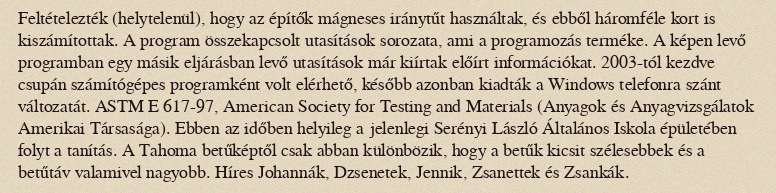
Feltételezték (helytelenül), hogy az építők mágneses iránytűt használtak, és ebből háromféle kort is kiszámítottak. A program összekapcsolt utasítások sorozata, ami a programozás terméke. A képen levő programban egy másik eljárásban levő utasítások már kiírtak előírt információkat. 2003-tól kezdve csupán számítógépes programként volt elérhető, később azonban kiadták a Windows telefonra szánt változatát. ASTM E 617-97, American Society for Testing and Materials (Anyagok és Anyagvizsgálatok Amerikai Társasága). Ebben az időben helyileg a jelenlegi Serényi László Általános Iskola épületében folyt a tanítás. A Tahoma betűképtől csak abban különbözik, hogy a betűk kicsit szélesebbek és a betűtáv valamivel nagyobb. Híres Johannák, Dzsenetek, Jennik, Zsanettek és Zsankák.